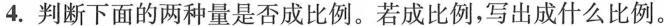
4.判断下面的两种量是否成比例。若成比例，写出成什么比例。